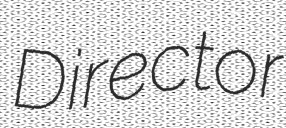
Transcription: Director